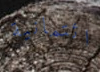
ائتمانية